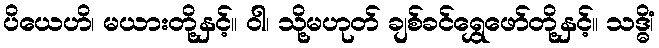
ပိယေဟိ၊ မယားတို့နှင့်။ ဝါ၊ သို့မဟုတ် ချစ်ခင်ရွှေဖော်တို့နှင့်။ သဒ္ဓိံ၊